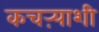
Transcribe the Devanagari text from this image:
कचऱ्याशी